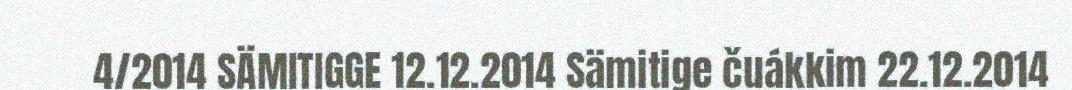
4/2014 SÄMITIGGE 12.12.2014 Sämitige čuákkim 22.12.2014